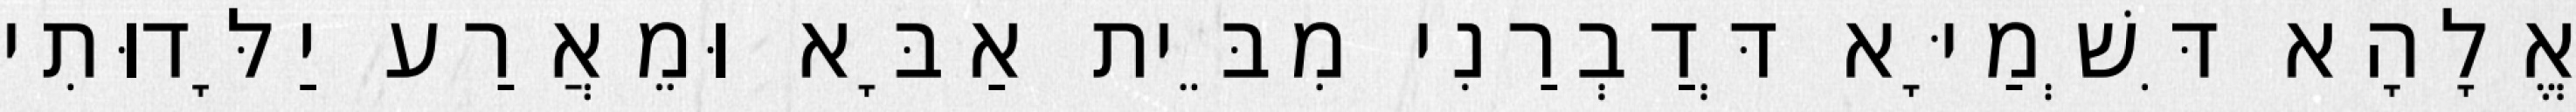
אֱלָהָא דִּשְׁמַיָּא דְּדַבְרַנִי מִבֵּית אַבָּא וּמֵאֲרַע יַלָּדוּתִי